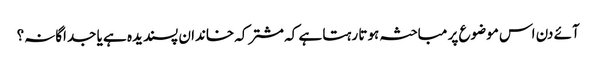
آئے دن اس موضوع پر مباحثہ ہوتا رہتا ہے کہ مشترکہ خاندان پسندیدہ ہے یا جداگانہ؟